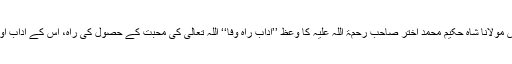
شیخ العرب والعجم مجدد زمانہ عارف باللہ حضرت اقدس مولانا شاہ حکیم محمد اختر صاحب رحمۃ اللہ علیہ کا وعظ ’’آدابِ راہِ وفا‘‘ اللہ تعالیٰ کی محبت کے حصول کی راہ، اس کے آداب اور اس راہ پر چلنے والے اہل اللہ کی پہچان پر مبنی ہے۔